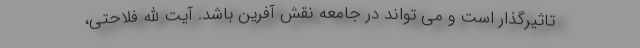
تاثیرگذار است و می تواند در جامعه نقش آفرین باشد. آیت الله فلاحتی،